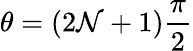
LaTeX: \theta=(2\mathcal{N}+1)\frac{{\pi}}{{2}}